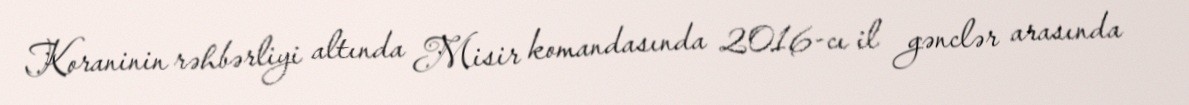
Koraninin rəhbərliyi altında Misir komandasında 2016-cı il gənclər arasında